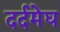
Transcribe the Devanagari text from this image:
दर्दमेघ